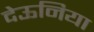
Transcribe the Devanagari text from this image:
देऊनिया